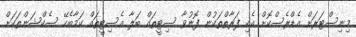
މިނިސްޓަރަށް އެޑްރެސްކޮށް އެކި ފަރާތްތަކުން ފޮނުވާ ސިޓީތައް ބަލާ އެސިޓީތައް ކަމާބެހޭ ސެކްޝަންތަކަށް